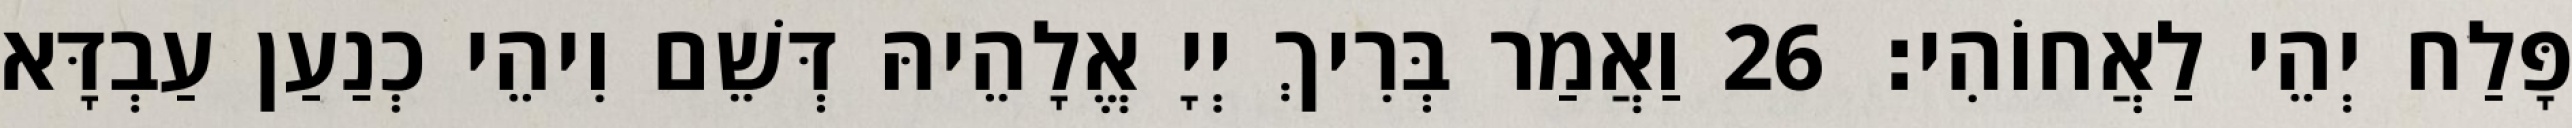
פָּלַח יְהֵי לַאֲחוֹהִי׃ 26 וַאֲמַר בְּרִיךְ יְיָ אֱלָהֵיהּ דְּשֵׁם וִיהֵי כְנַעַן עַבְדָּא